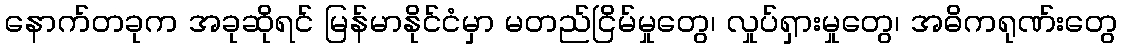
နောက်တခုက အခုဆိုရင် မြန်မာနိုင်ငံမှာ မတည်ငြိမ်မှုတွေ၊ လှုပ်ရှားမှုတွေ၊ အဓိကရုဏ်းတွေ